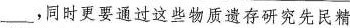
___,同时更要通过这些物质遗存研究先民精